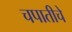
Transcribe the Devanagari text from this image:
चपातीचे